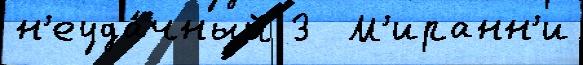
н'еуда́чный 3  М'иранн'и